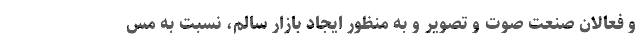
و فعالان صنعت صوت و تصویر و به منظور ایجاد بازار سالم، نسبت به مس